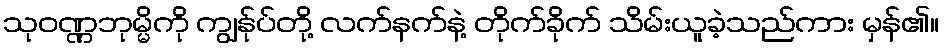
သုဝဏ္ဏဘုမ္မိကို ကျွန်ုပ်တို့ လက်နက်နဲ့ တိုက်ခိုက် သိမ်းယူခဲ့သည်ကား မှန်၏။